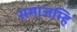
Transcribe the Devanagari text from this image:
समाजम्हि